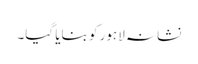
نشانہ لاہور کو بنایا گیا۔